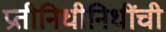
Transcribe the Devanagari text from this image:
प्रतीनिधीनिधींची